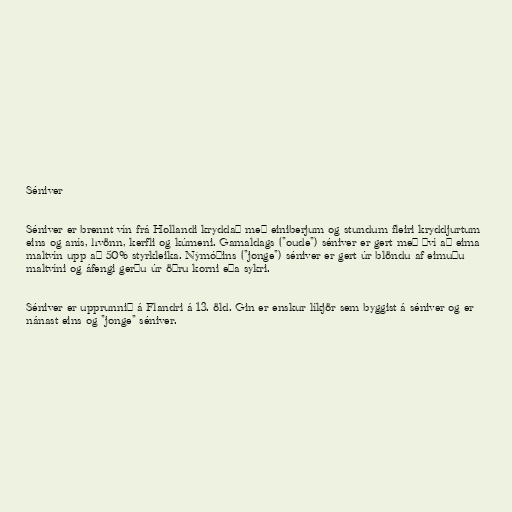
Séniver

Séniver er brennt vín frá Hollandi kryddað með einiberjum og stundum fleiri kryddjurtum
eins og anís, hvönn, kerfli og kúmeni. Gamaldags ("oude") séniver er gert með því að eima
maltvín upp að 50% styrkleika. Nýmóðins ("jonge") séniver er gert úr blöndu af eimuðu
maltvíni og áfengi gerðu úr öðru korni eða sykri.

Séniver er upprunnið á Flandri á 13. öld. Gin er enskur líkjör sem byggist á séniver og er
nánast eins og "jonge" séniver.